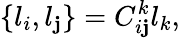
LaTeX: \{ l_{i},l_{\mathbf{j}}\} =C_{i\mathbf{j}}^{k}l_{k},